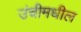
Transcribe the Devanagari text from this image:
उंचीमधील